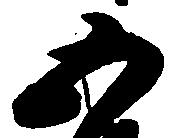
五